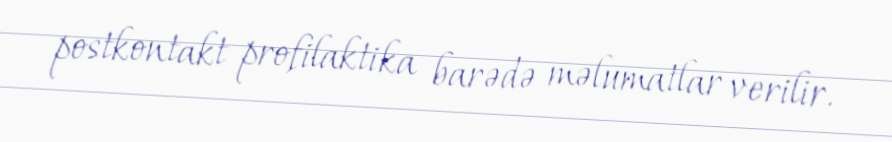
postkontakt profilaktika barədə məlumatlar verilir.